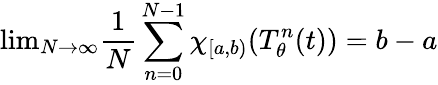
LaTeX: {\mathrm{lim}}_{N\to\infty}{\frac{1}{N}}\sum_{n=0}^{N-1}\chi_{[a,b)}(T_{\theta}^{n}(t))=b-a